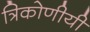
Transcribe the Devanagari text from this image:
त्रिकोणीयी